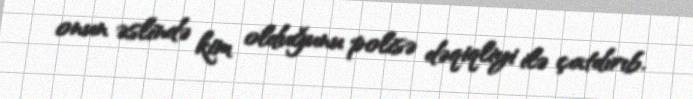
onun əslində kim olduğunu polisə dəqiqliyi ilə çatdırıb.